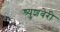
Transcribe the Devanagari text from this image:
श्र्युशबेरी